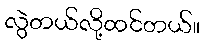
လွဲတယ်လို့ထင်တယ်။